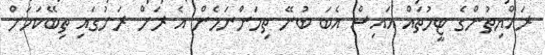
ރައްޔިތުންގެ ޓީމުތައް އައިސް އެބަ ބުނޭ ތިމަންނަމެން އެ ރަށް ރަށުގައި ތިބޭކަމަށް